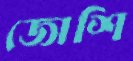
জোশি